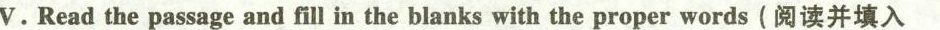
V.Read the passage and fill in the blanks with the proper words (阅读并填入